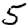
Digit: 5